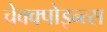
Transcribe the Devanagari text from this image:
चेक्क्पोइन्त्स